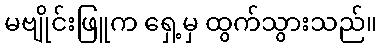
မဗျိုင်းဖြူက ရှေ့မှ ထွက်သွားသည်။